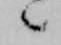
々